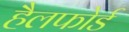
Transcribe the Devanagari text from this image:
हैलफोर्ड